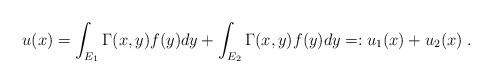
LaTeX: \begin{align*}u(x)=\int_{E_1} \Gamma (x,y)f(y)dy+\int_{E_2} \Gamma (x,y)f(y)dy=:u_1(x)+u_2(x)\;.\end{align*}